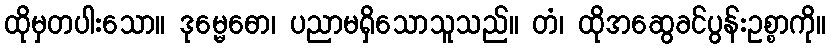
ထိုမှတပါးသော။ ဒုမ္မေဓော၊ ပညာမရှိသောသူသည်။ တံ၊ ထိုအဆွေခင်ပွန်းဥစ္စာကို။